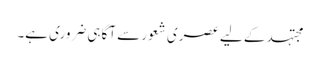
مجتہد کے لیے عصری شعور سے آگاہی ضروری ہے۔